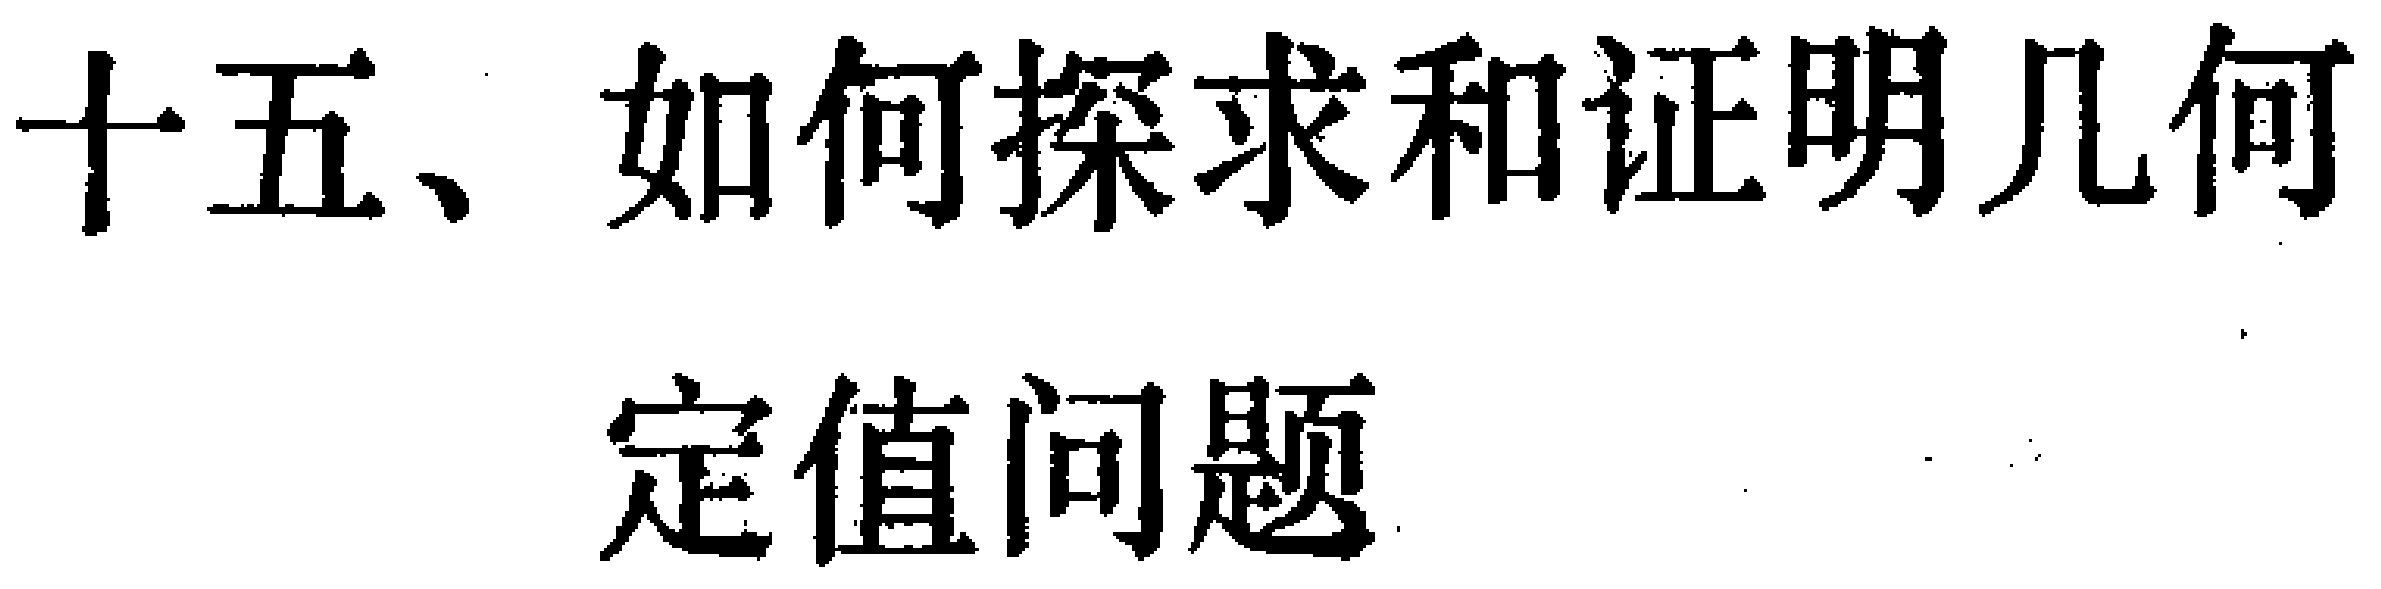
十五、如何探求和证明几何
定值问题